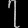
Digit: ၇